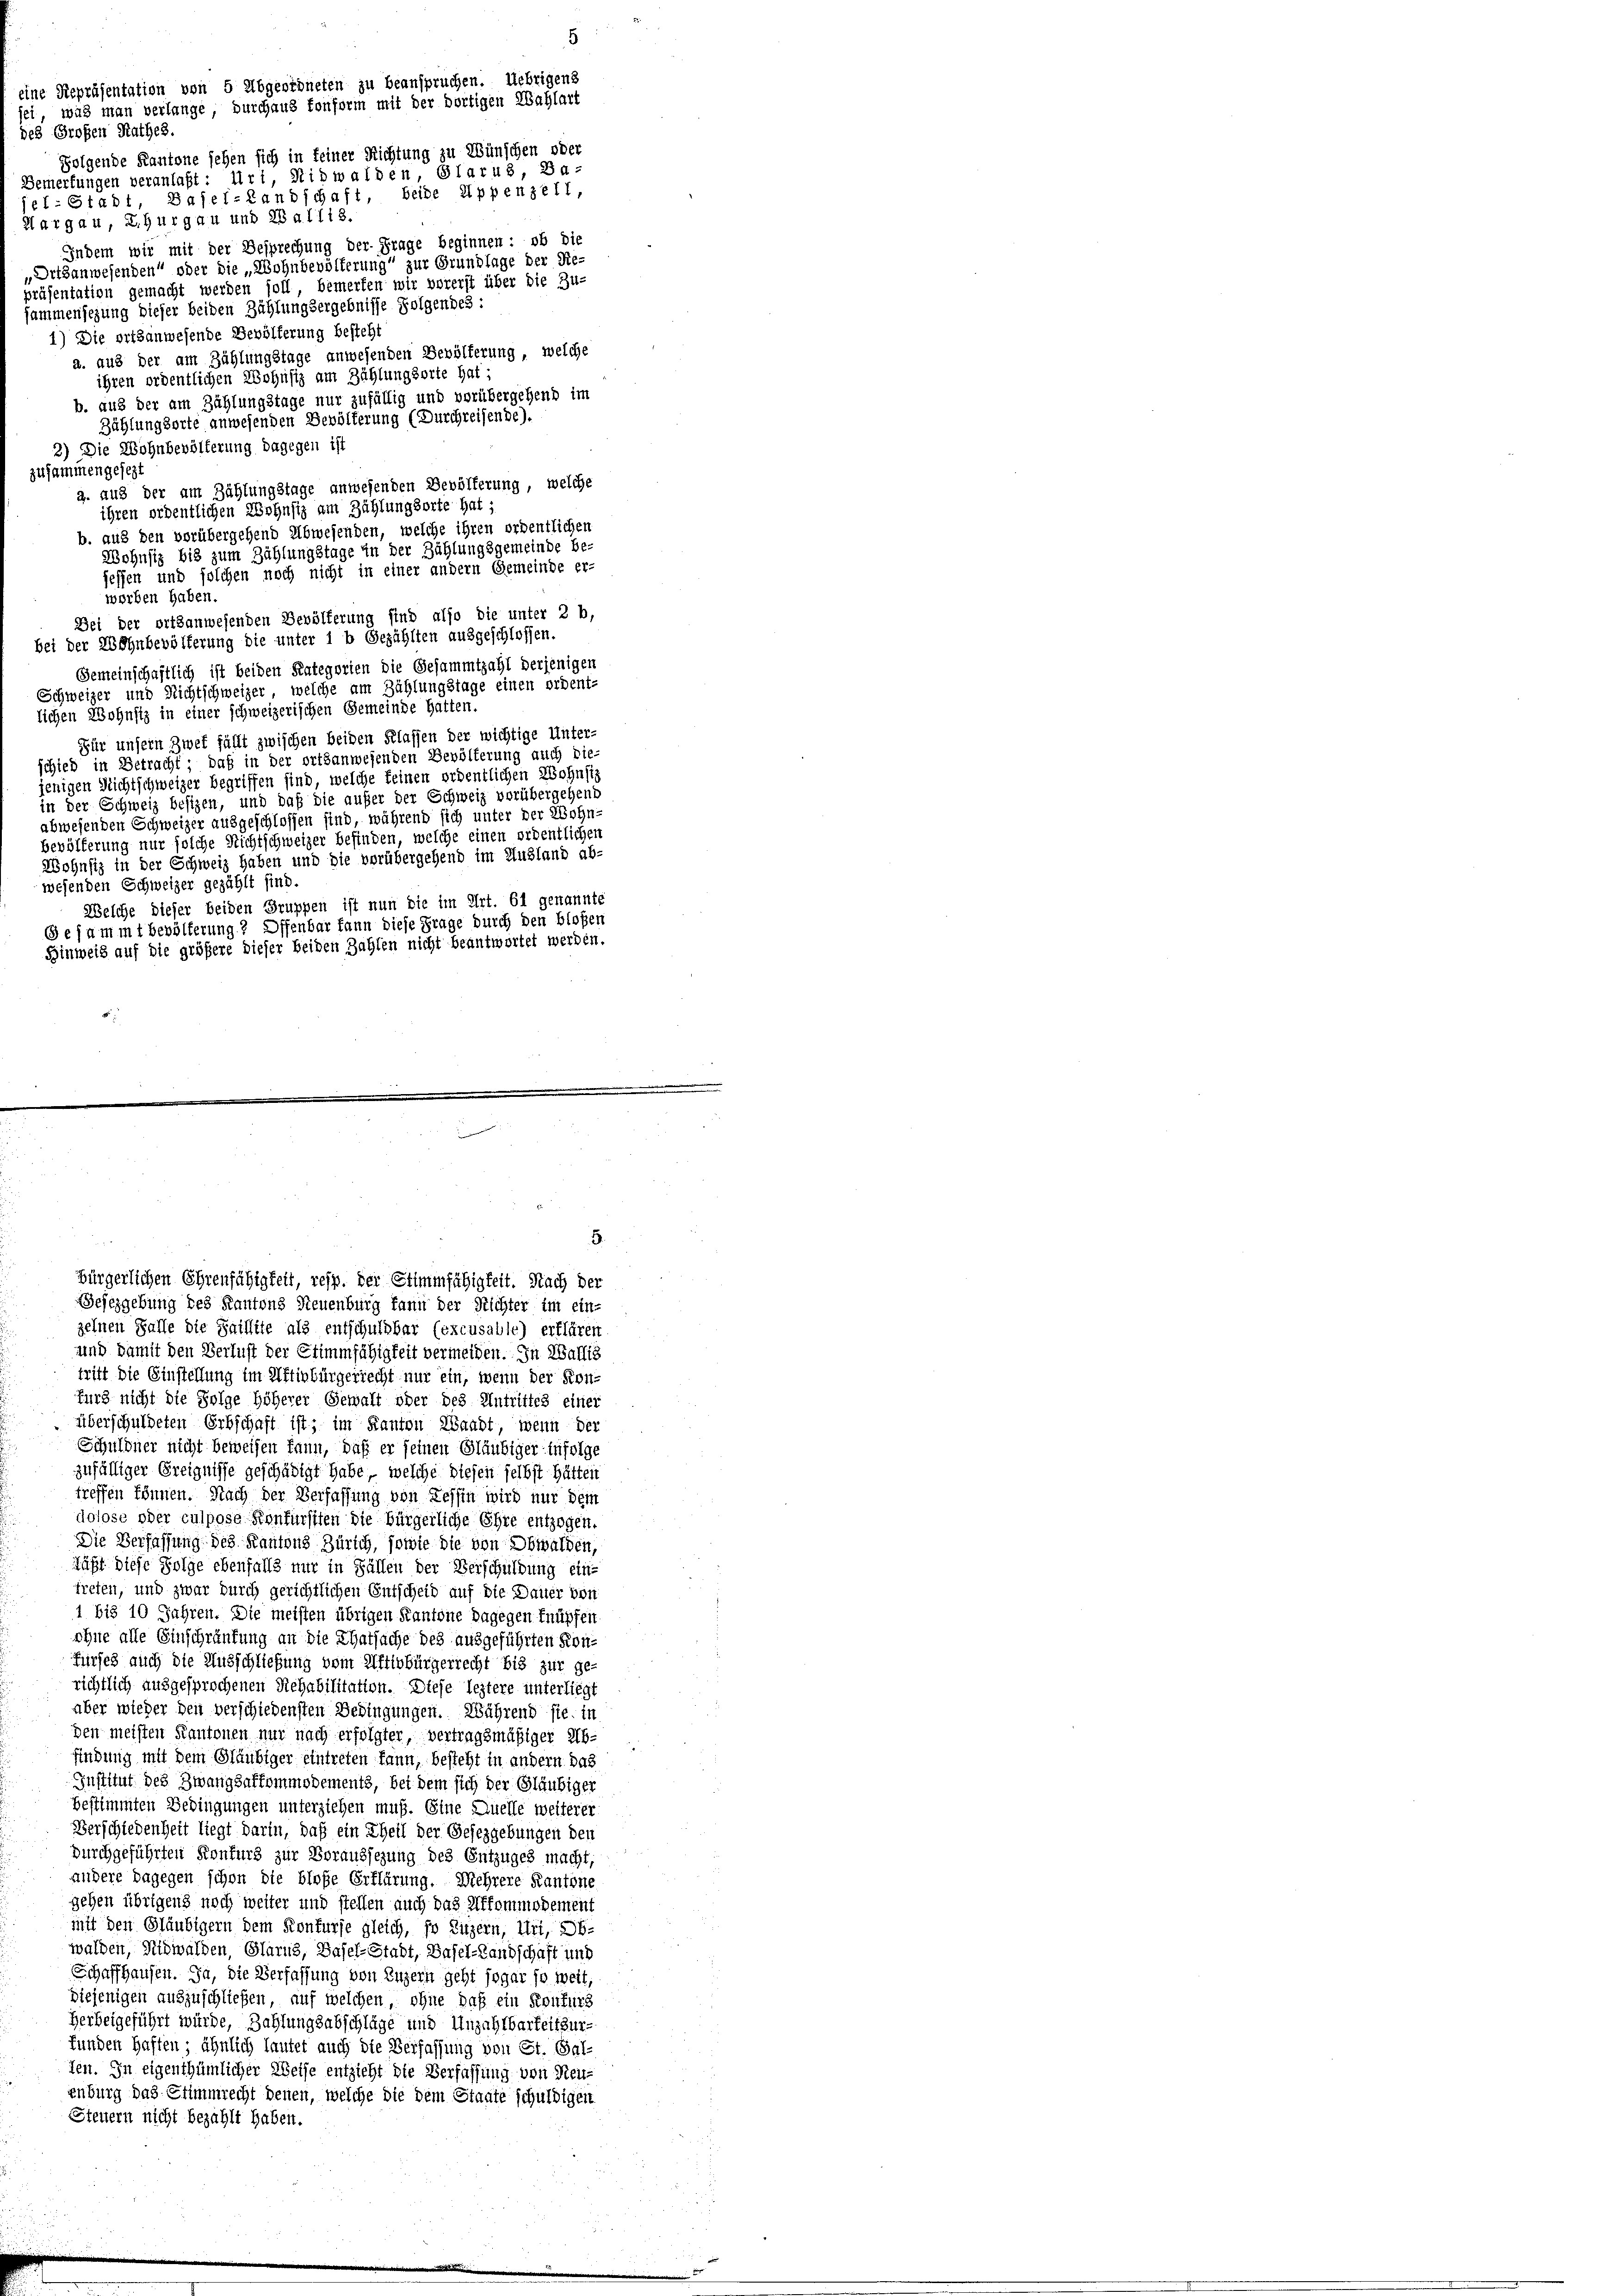
des Großen Rathes.
Folgende Kantone sehen sich in feiner Richtung zu Wünschen oder
Bemerkungen veranlaßt: Uri, Nidwalden, Glarus, Ba-
el-Stadt, Basel-Landschaft, beide Appenzell,
Aargau, Thurgau und 28 a. 1718.
Indem wir mit der Besprechung der Frage beginnen: ob die
„Ortzanwesenden“ oder die „Wohnbevolterung“ zur Grundlage der Re-
präsentation gemacht werden soll, bemerken wir vorerst über die Zu-
sammensezung dieser beiden Zählung dergebnisse Folgendes:
1) Die ortsanwesende Bevölkerung besteht
a. aus der am Zählungstage anwesenden Bevölkerung, welche
ihren ordentlichen Wohnsiz am Zählungsorte hat;
b. aus der am Zählungstage nur zufällig und vorübergehend im
Zählungsorte anwesenden Bevölferung (Durchreisenbe).
2) Die Wohnbevölkerung dagegen ist
zusammengesezt
a. aus der am Zählungstage anwesenden Bevölferung, welche
ihren ordentlichen Wohnsiz am Zählungsorte hat;
b. aus den vorübergehend Abwesenden, welche ihren ordentlicher
Wohnsiz bis zum Zählungstage in der Zählungsgemeinde be-
jeffen und solchen noch nicht in einer andern Gemeinde er-
worben haben.
Bei der ortsanwesenden Bevölferung sind also die unter 2 b,
bei der Wohnbevölkerung die unter 1 b Gezählten ausgeschlossen.
Gemeinschaftlich ist beiden Kategorien die Gesammtzahl derjenigen
Schweizer und Nichtschweizer, welche am Zählungstage einen ordent-
lichen Wohnsitz in einer schweizerischen Gemeinde hatten.
Für unsern Zwet fällt zwischen beiden Klassen der wichtige Unter-
schied in Betracht; daß in der ortsanwesenden Bevölterung auch die-
jenigen Richtschweizer begriffen sind, welche feinen ordentlichen Wohnsiz
in der Schweiz besizen, und daß die außer der Schweiz vorübergehend
abwesenden Schweizer ausgeschlossen sind, während sich unter der Wohn-
bevölferung nur solche Nichtschweizer befinden, welche einen ordentlichen
Wohnsiz in der Schweiz haben und die vorübergehend im Ausland ab-
wesenden Schweizer gezählt sind.
Welche dieser beiden Gruppen ist nun die im Art. 61 genannte
Gesammt bevölkerung? Offenbar kann diese Frage durch den bloßen
Hinweis auf die größere Dieser beiden Zahlen nicht beantwortet werden.

eine Repräsentation von 5 Abgeordneten zu beanspruchen. Uebrigens
ei, was man verlange, durchaus fonform mit der dortigen Wahlart

5.

bürgerlichen Ehrenfähigkeit, resp. Der Stimmfähigkeit. Nach der
Gesezgebung des Kantons Neuenburg kann der Richter im ein-
zelnen Falle die Saillite als entschuldbar (excusable) erklären
und damit den Verlust der Stimmfähigkeit vermeiden. In Wallis
tritt die Einstellung im Affinbürgerrecht nur ein, wenn der Kon-
furg nicht die Folge höherer Gewalt oder des Antrittes einer
überschuldeten Erbschaft ist; im Kanton Waadt, wenn der
Schuldner nicht beweisen kann, daß er seinen Gläubiger infolge
zufälliger Ereignisse geschädigt habe, welche diesen selbst hätten
treffen können. Nach der Verfassung von Tessin wird nur dem
dolose oder culpose Konfürsiten die bürgerliche Ehre entzogen.
Die Verfassung des Kantons Zürich, sowie die von Obwalden,
Läßt diese Folge ebenfalls nur in Fällen der Verschuldung eintreten, und zwar durch gerichtlichen Entscheid auf die Dauer von
1 bis 10 Jahren. Die meisten übrigen Kantone dagegen knüpfen
ohne alle Einschränkung an die Thatsache des ausgeführten Konkurses auch die Ausschließung vom Attivbürgerrecht bis zur ge-
richtlich ausgesprochenen Rehabilitation. Diese leztere unterliegt
aber wieder den verschiedensten Bedingungen. Während sie in
den meisten Kantonen nur nach erfolgter, vertragsmäßiger Ab-
findung mit dem Gläubiger eintreten kann, besteht in andern das
Institut des Zwangsaffommodements, bei dem sich der Gläubiger
bestimmten Bedingungen unterziehen muß. Eine Quelle weiterer
Verschiedenheit liegt darin, daß ein Theil der Gesezgebungen den
durchgeführten Konkurs zur Voraussezung des Entzuges macht,
andere dagegen schon die bloße Erklärung. Mehrere Kantone
gehen übrigens noch weiter und stellen auch das Iffommodement
mit den Gläubigern dem Konkurse gleich, so Luzern, Uri, Ob-
walden, Nidwalden, Glarus, Basel-Stadt, Basel-Landschaft und
Schaffhausen. Ja, die Verfassung von Luzern geht sogar so weit,
diejenigen auszuschließen, auf welchen, ohne daß ein Konkurs
Herbeigeführt würde, Zahlungsabschläge und Anzahlbarkeitsurfunden Haften ähnlich lautet auch die Verfassung von St. Gal-
ten. In eigenthümlicher Weise entzieht die Verfassung von Neu-
enburg das Stimmrecht denen, welche die dem Staate schuldigen
Steuern nicht bezahlt haben.